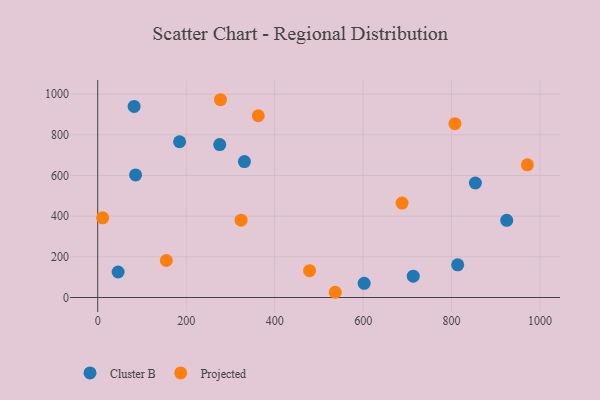
{"axis": {"x": "Investment", "y": "Fuel Efficiency"}, "legend": ["Cluster B", "Projected"], "data": [{"x": "275.8", "y": 752.0, "type": "Cluster B"}, {"x": "331.6", "y": 668.4, "type": "Cluster B"}, {"x": "85.6", "y": 602.6, "type": "Cluster B"}, {"x": "713.3", "y": 104.8, "type": "Cluster B"}, {"x": "853.8", "y": 563.1, "type": "Cluster B"}, {"x": "602.3", "y": 69.9, "type": "Cluster B"}, {"x": "813.8", "y": 160.6, "type": "Cluster B"}, {"x": "46.1", "y": 125.5, "type": "Cluster B"}, {"x": "185.1", "y": 765.8, "type": "Cluster B"}, {"x": "82.3", "y": 939.5, "type": "Cluster B"}, {"x": "924.6", "y": 379.4, "type": "Cluster B"}, {"x": "11.1", "y": 391.9, "type": "Projected"}, {"x": "324.1", "y": 380.1, "type": "Projected"}, {"x": "155.1", "y": 182.0, "type": "Projected"}, {"x": "537.0", "y": 25.7, "type": "Projected"}, {"x": "362.9", "y": 893.7, "type": "Projected"}, {"x": "688.0", "y": 464.3, "type": "Projected"}, {"x": "478.9", "y": 132.0, "type": "Projected"}, {"x": "277.5", "y": 972.5, "type": "Projected"}, {"x": "971.3", "y": 652.2, "type": "Projected"}, {"x": "807.6", "y": 854.9, "type": "Projected"}]}